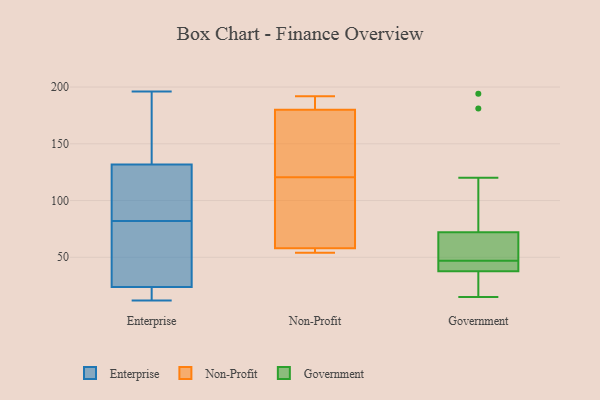
{"axis": {"x": "Satisfaction Score", "y": "Value"}, "legend": ["Enterprise", "Government", "Non-Profit"], "data": [{"x": "", "y": 138, "type": "Enterprise"}, {"x": "", "y": 173, "type": "Enterprise"}, {"x": "", "y": 47, "type": "Enterprise"}, {"x": "", "y": 82, "type": "Enterprise"}, {"x": "", "y": 176, "type": "Enterprise"}, {"x": "", "y": 14, "type": "Enterprise"}, {"x": "", "y": 86, "type": "Enterprise"}, {"x": "", "y": 77, "type": "Enterprise"}, {"x": "", "y": 26, "type": "Enterprise"}, {"x": "", "y": 196, "type": "Enterprise"}, {"x": "", "y": 108, "type": "Enterprise"}, {"x": "", "y": 28, "type": "Enterprise"}, {"x": "", "y": 140, "type": "Enterprise"}, {"x": "", "y": 113, "type": "Enterprise"}, {"x": "", "y": 84, "type": "Enterprise"}, {"x": "", "y": 23, "type": "Enterprise"}, {"x": "", "y": 18, "type": "Enterprise"}, {"x": "", "y": 12, "type": "Enterprise"}, {"x": "", "y": 13, "type": "Enterprise"}, {"x": "", "y": 56, "type": "Non-Profit"}, {"x": "", "y": 180, "type": "Non-Profit"}, {"x": "", "y": 146, "type": "Non-Profit"}, {"x": "", "y": 145, "type": "Non-Profit"}, {"x": "", "y": 54, "type": "Non-Profit"}, {"x": "", "y": 192, "type": "Non-Profit"}, {"x": "", "y": 58, "type": "Non-Profit"}, {"x": "", "y": 188, "type": "Non-Profit"}, {"x": "", "y": 94, "type": "Non-Profit"}, {"x": "", "y": 96, "type": "Non-Profit"}, {"x": "", "y": 46, "type": "Government"}, {"x": "", "y": 37, "type": "Government"}, {"x": "", "y": 33, "type": "Government"}, {"x": "", "y": 194, "type": "Government"}, {"x": "", "y": 66, "type": "Government"}, {"x": "", "y": 16, "type": "Government"}, {"x": "", "y": 72, "type": "Government"}, {"x": "", "y": 30, "type": "Government"}, {"x": "", "y": 47, "type": "Government"}, {"x": "", "y": 46, "type": "Government"}, {"x": "", "y": 72, "type": "Government"}, {"x": "", "y": 46, "type": "Government"}, {"x": "", "y": 40, "type": "Government"}, {"x": "", "y": 15, "type": "Government"}, {"x": "", "y": 181, "type": "Government"}, {"x": "", "y": 71, "type": "Government"}, {"x": "", "y": 120, "type": "Government"}, {"x": "", "y": 88, "type": "Government"}, {"x": "", "y": 56, "type": "Government"}]}